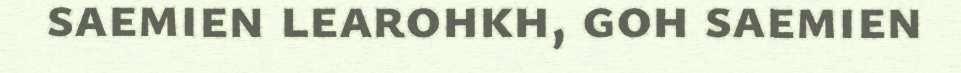
saemien learohkh, goh saemien